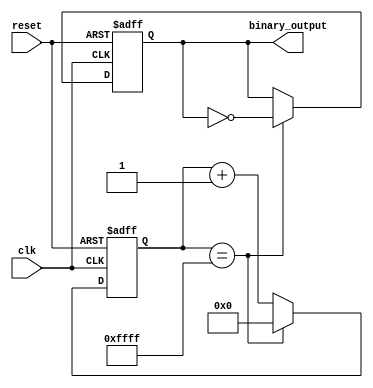
module clock_divider(
  input wire clk,
  input wire reset,
  output reg binary_output
);

reg [15:0] counter;

always @(posedge clk or posedge reset) begin
  if (reset) begin
    counter <= 16'b0;
    binary_output <= 1'b0;
  end
  else begin
    counter <= counter + 1;
    if (counter == 16'hFFFF) begin
      counter <= 16'b0;
      binary_output <= ~binary_output;
    end
  end
end

endmodule